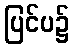
ပြင်ပ၌